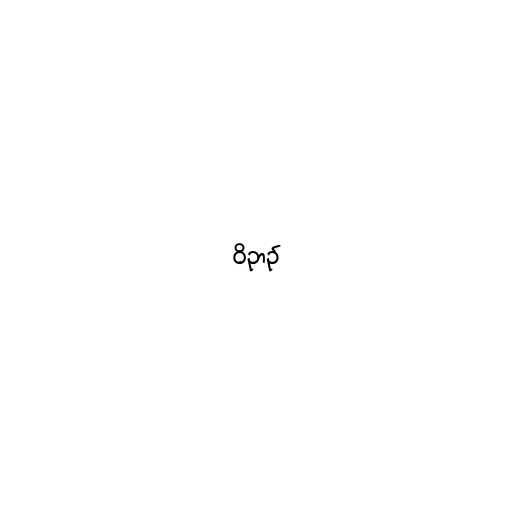
ဝိဉာဥ်